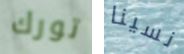
تورك نسينا